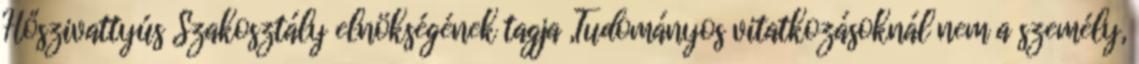
Hőszivattyús Szakosztály elnökségének tagja „Tudományos vitatkozásoknál nem a személy,